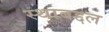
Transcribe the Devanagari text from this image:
स्थाबद्दल